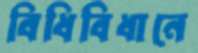
বিধিবিধানে